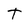
Character: t